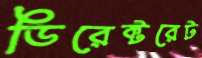
ডিরেক্টরেট